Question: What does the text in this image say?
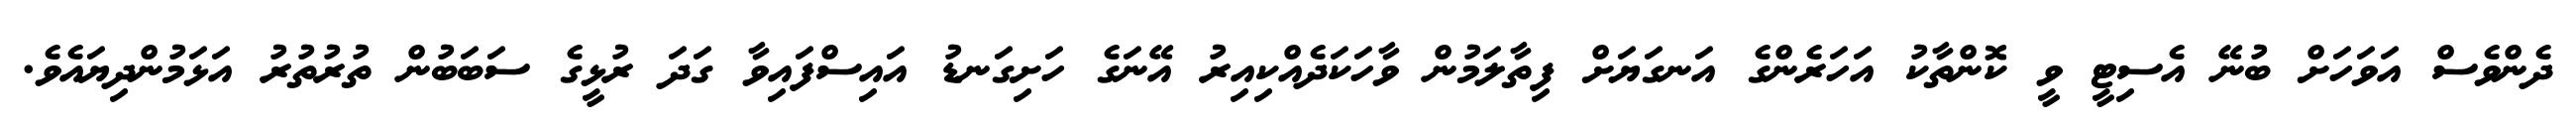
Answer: ދެންވެސް އަވަހަށް ބުނޭ އެސިޓީ ވީ ކޮންތާކު އަހަރެންގެ އަނގަޔަށް ފިތާލަމުން ވާހަކަދެއްކިއިރު އޭނަގެ ހަށިގަނޑު އައިސްފައިވާ ގަދަ ރުޅީގެ ސަބަބުން ތުރުތުރު އަޅަމުންދިޔައެވެ.